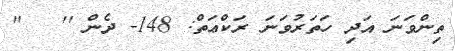
ތިންވަނަ އަދި ހަތަރުވަނަ ރަކްޢަތް: 148- ދެން ''   ''